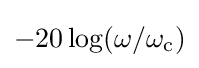
-20\log(\omega /\omega _{\text{c}})